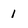
Character: 1